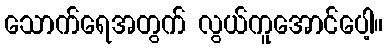
သောက်ရေအတွက် လွယ်ကူအောင်ပေါ့။